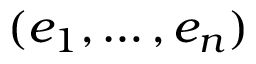
( e _ { 1 } , \ldots , e _ { n } )